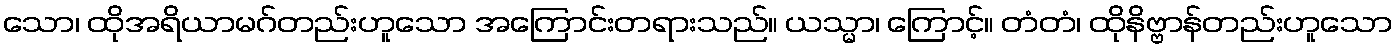
သော၊ ထိုအရိယာမဂ်တည်းဟူသော အကြောင်းတရားသည်။ ယသ္မာ၊ ကြောင့်။ တံတံ၊ ထိုနိဗ္ဗာန်တည်းဟူသော